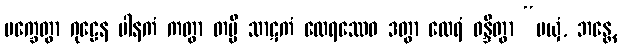
မက္ခေတွာ ဂုဠေန ပါနကံ ကတွာ တမ္ပိ သာဋကံ ထေရဿေဝ ဒတွာ ထေရံ ဝန္ဒိတွာ “မယှံ, ဘန္တေ,